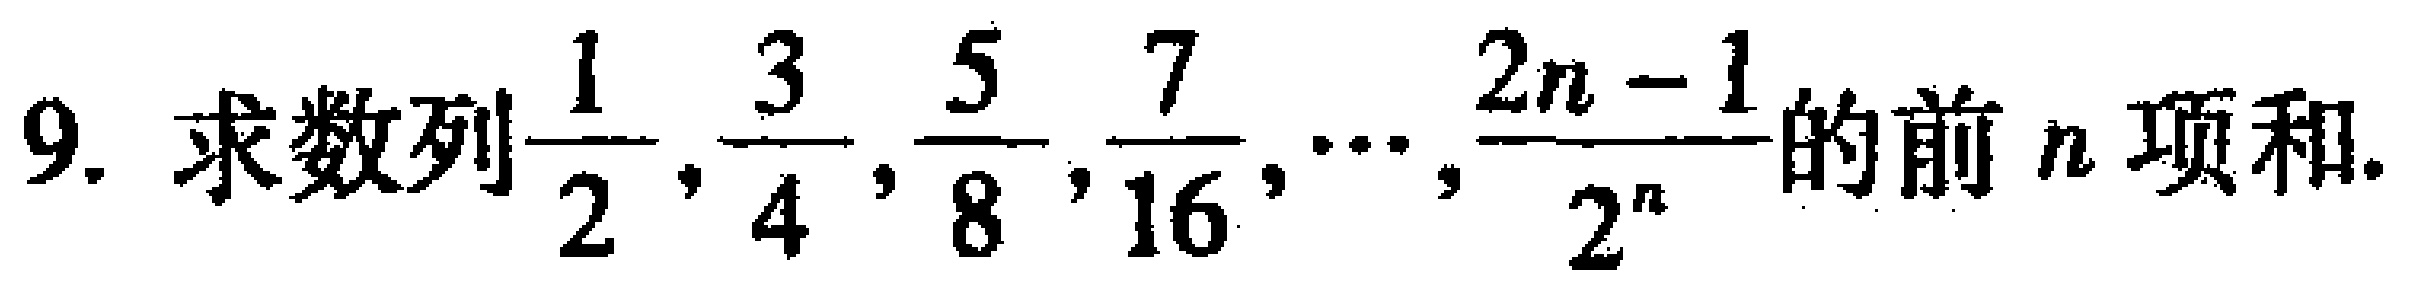
9. 求数列$\frac{1}{2},\frac{3}{4},\frac{5}{8},\frac{7}{16},\cdots,\frac{2n - 1}{2^{n}}$的前$n$项和.